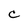
Character: C